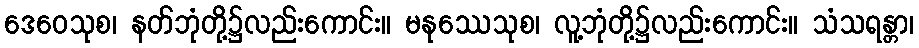
ဒေဝေသုစ၊ နတ်ဘုံတို့၌လည်းကောင်း။ မနုဿေသုစ၊ လူ့ဘုံတို့၌လည်းကောင်း။ သံသရန္တာ၊